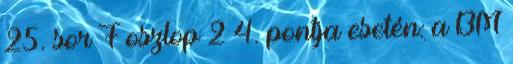
25. sor F oszlop 2–4. pontja esetén: a BM